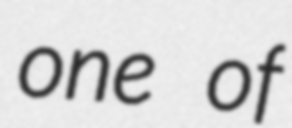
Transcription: one of